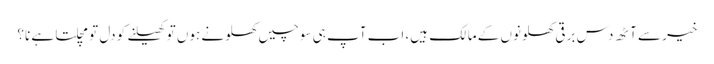
خیر سے آٹھ دس برقی کھلونوں کے مالک ہیں، اب آپ ہی سوچیں کھلونے ہوں تو کھیلنے کو دل تو مچلتا ہے نا؟